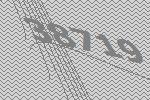
38719